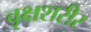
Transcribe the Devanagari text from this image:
वृक्षशरीर